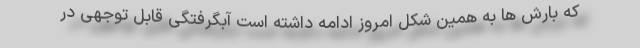
که بارش ها به همین شکل امروز ادامه داشته است آبگرفتگی قابل توجهی در